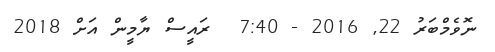
ނޮވެމްބަރު 22